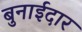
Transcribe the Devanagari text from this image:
बुनाईदार